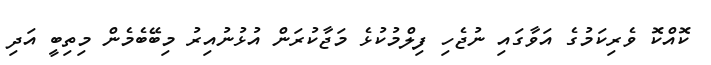
ކޮއްކޮ ވެރިކަމުގެ އަވާގައި ނުޖެހި ފިލްމުކުޅެ މަޖާކުރަން އުޅުނުއިރު މިބޭބެމެން މިތިބީ އަދި